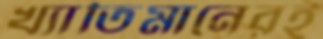
খ্যাতিমানেরই